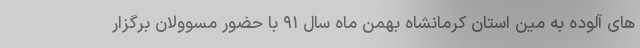
های آلوده به مین استان کرمانشاه بهمن ماه سال ۹۱ با حضور مسوولان برگزار